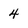
Character: 4